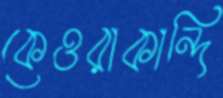
কেওরাকান্দি